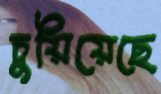
চুয়িয়েছে